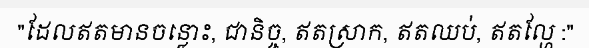
"ដែលឥតមានចន្លោះ, ជានិច្ច, ឥតស្រាក, ឥតឈប់, ឥតល្ហែ :"